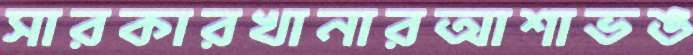
সারকারখানারআশাভঙ